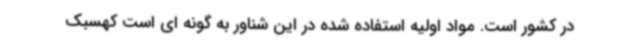
در کشور است. مواد اولیه استفاده شده در این شناور به گونه ای است کهسبک